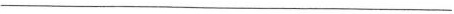
___